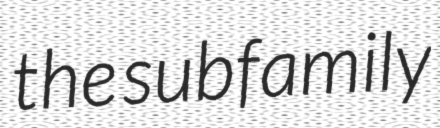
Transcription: the subfamily